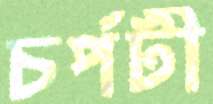
চর্পটী